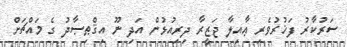
ސަރުކާރު ފަޚުރުވެރި ޢާއިލާ ޖަޒީރާ ދިރިއުޅުން އަދި ނޫ އިޤްޠިޞާދު ގެ މައްޗަށް